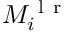
M _ { i } ^ { \mathrm { ~ l ~ r ~ } }